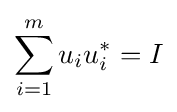
\sum _{i=1}^{m}u_{i}u_{i}^{*}=I